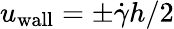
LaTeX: u_{\mathrm{wall}}=\pm\dot{\gamma}h/2